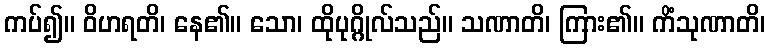
ကပ်၍။ ဝိဟရတိ၊ နေ၏။ သော၊ ထိုပုဂ္ဂိုလ်သည်။ သဏာတိ၊ ကြား၏။ ကိံသုဏာတိ၊